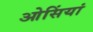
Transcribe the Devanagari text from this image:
ओसिंयां